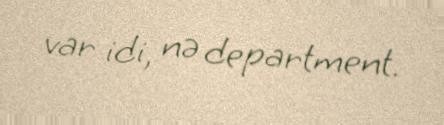
var idi, nə department.